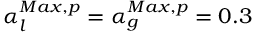
\alpha _ { l } ^ { M a x , p } = \alpha _ { g } ^ { M a x , p } = 0 . 3